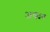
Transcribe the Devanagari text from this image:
अक्यब